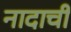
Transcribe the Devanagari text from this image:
नादाची